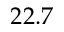
2 2 . 7